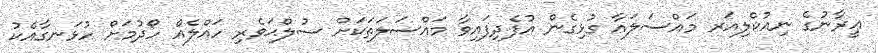
ޢީރާނުގެ ނިއުކްލިއަރ މައްސަލައާ ގުޅިގެން އުފެދިފައިވާ މައްސަލަތަކަށް ސުލްޙަވެރި ހައްލެއް ހޯދުމަށް ހުޅަނގާއެކު